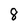
Character: 8